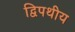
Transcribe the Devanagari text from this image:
द्विपथीय